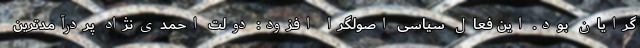
گرایان بود. این فعال سیاسی اصولگرا افزود: دولت احمدی‌نژاد پردرآمدترین